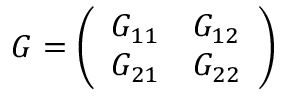
G = { \left( \begin{array} { l l } { G _ { 1 1 } } & { G _ { 1 2 } } \\ { G _ { 2 1 } } & { G _ { 2 2 } } \end{array} \right) }